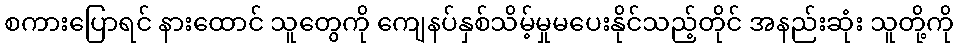
စကားပြောရင် နားထောင် သူတွေကို ကျေနပ်နှစ်သိမ့်မှုမပေးနိုင်သည့်တိုင် အနည်းဆုံး သူတို့ကို